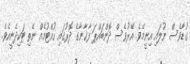
ގުޑާވެސް ނުލައި އިނީމެވެ. އޭރުވެސް ދޮންބައްޕަ ފާޚާނާގެ ދޮރުގައި ހުއްޓުމެއް ނެތި ޓަކިދެނީއެވެ.